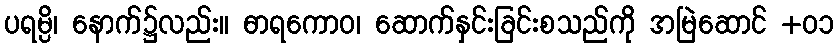
ပရမ္ပိ၊ နောက်၌လည်း။ ဓာရကောဝ၊ ဆောက်နှင်းခြင်းစသည်ကို အမြဲဆောင် +၀၁